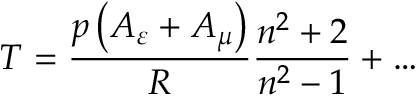
T = \frac { p \left( A _ { \varepsilon } + A _ { \mu } \right) } { R } \frac { n ^ { 2 } + 2 } { n ^ { 2 } - 1 } + \ldots